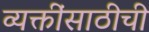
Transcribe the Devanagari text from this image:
व्यक्तींसाठीची